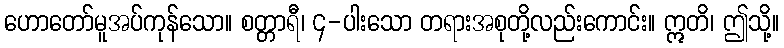
ဟောတော်မူအပ်ကုန်သော။ စတ္တာရီ၊ ၄-ပါးသော တရားအစုတို့လည်းကောင်း။ ဣတိ၊ ဤသို့။